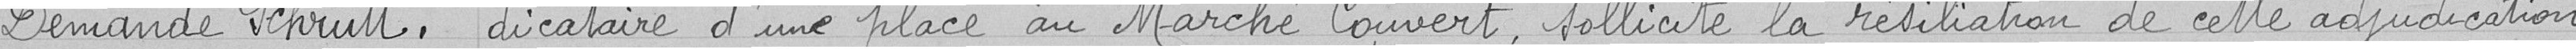
Demande Schrutt.                                                        dicataire d'une place au Marché Couvert, sollicite la résiliation de cette adjudication